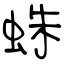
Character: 蛛